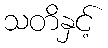
သတိနှင့်